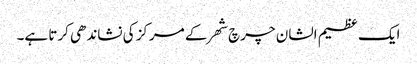
ایک عظیم الشان چرچ شھر کے مرکز کی نشاندھی کرتا ہے۔